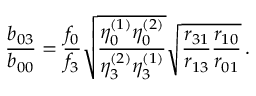
\frac { b _ { 0 3 } } { b _ { 0 0 } } = \frac { f _ { 0 } } { f _ { 3 } } \sqrt { \frac { \eta _ { 0 } ^ { ( 1 ) } \eta _ { 0 } ^ { ( 2 ) } } { \eta _ { 3 } ^ { ( 2 ) } \eta _ { 3 } ^ { ( 1 ) } } } \sqrt { \frac { r _ { 3 1 } } { r _ { 1 3 } } \frac { r _ { 1 0 } } { r _ { 0 1 } } } \, .